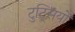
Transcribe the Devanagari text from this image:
टुट्सियों